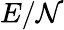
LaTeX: E/\mathcal{N}